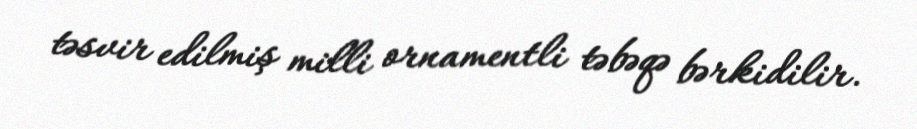
təsvir edilmiş milli ornamentli təbəqə bərkidilir.